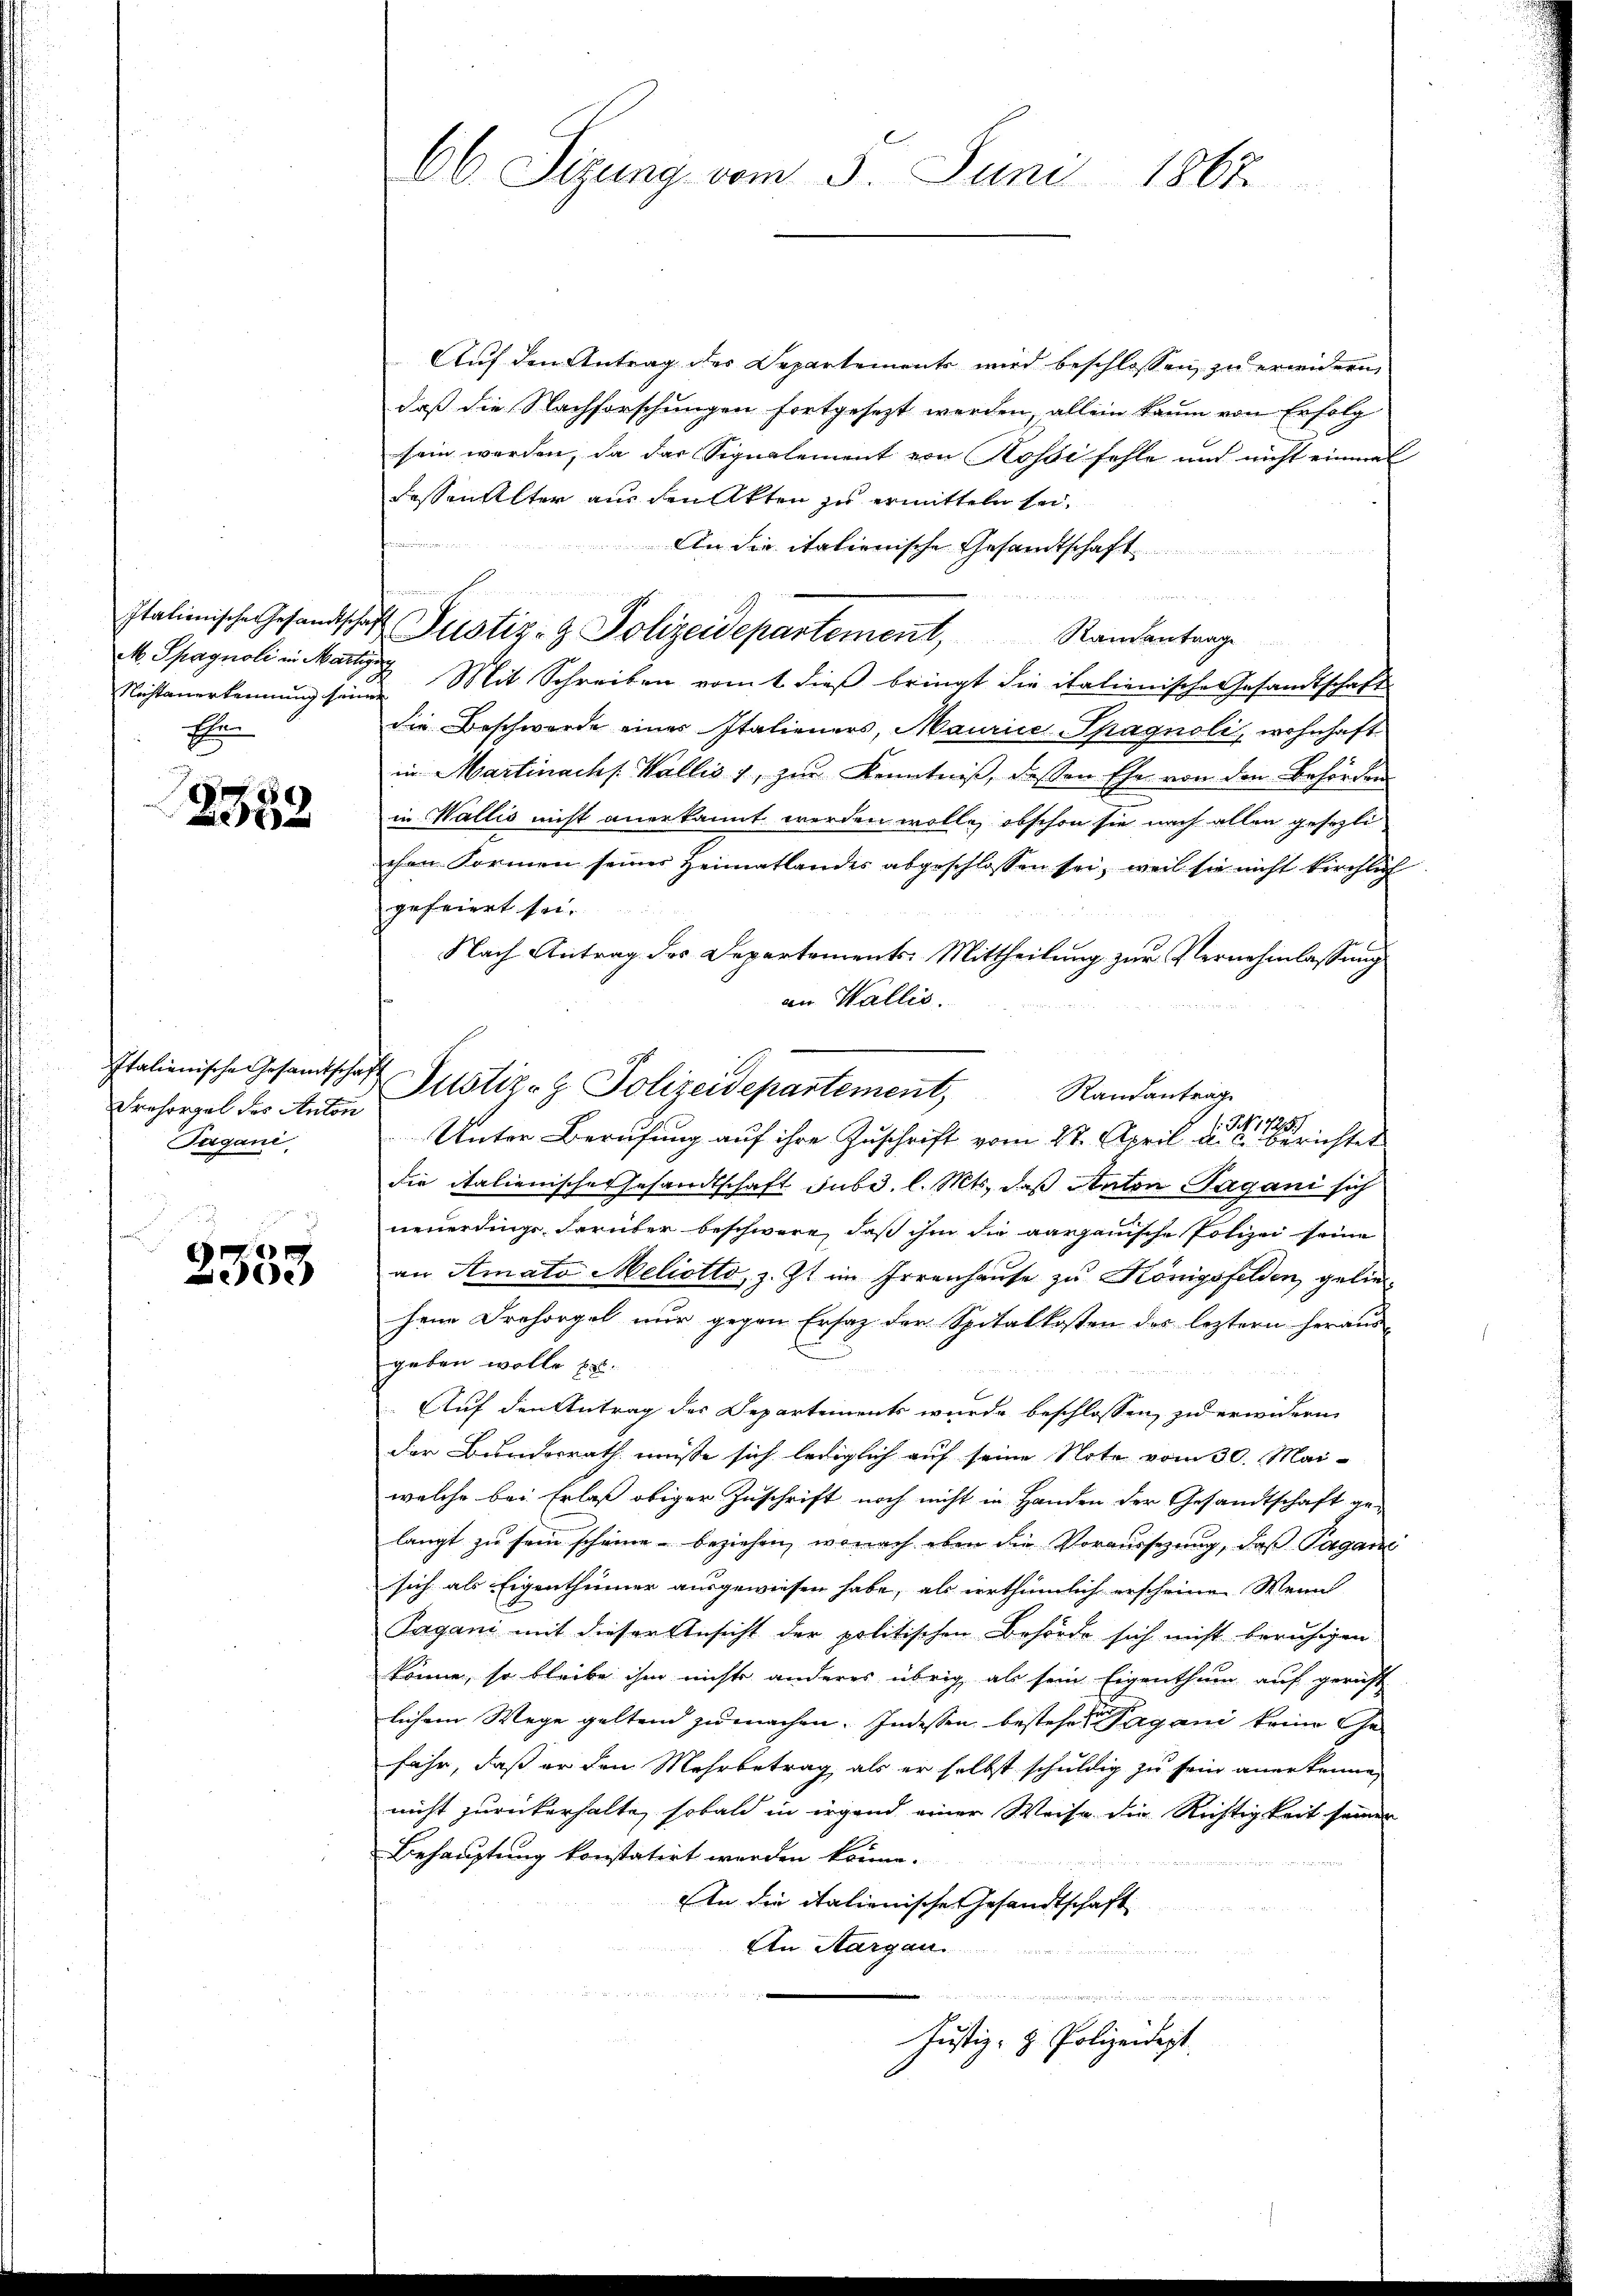
M. Spagnoli in Martiger
E

e
5

Italienische Gesamtscha
Frehorgel des Anton
Tagani

“
e
e

66 Sizung vom 5. Juni 1865.

Auf den Antrag des Departements wird beschlossen zu erwidern,
daß die Nachforschungen fortgesezt werden, allein kaum von Erfolg
sein werden, da das Signalement von Rosse fehle und nicht einmal
dessen Alter aus den Akten zu ermitteln sei.

An die italienische Gesandtschaft
e
Nichtanerkennung seine Mit Schreiben vom t dieß bringt die italienischer Gesandtschaft
die Beschwerde eines Italieners, Maurice-Spagnoli, wohnhaft
in Martinachs. Wallis 1, zur Kenntniß, dessen Ehe von den Behörden
in Wallis nicht anerkannt werden wolle, obschon sie nach allen gesezlichen Formen seiner Heimatlandes abgeschlossen sei, weil sie nicht kirchlich
gefeiert sei.
Nach Antrag des Departements-Mittheilung zur Vernehmlassung
an Wallis.
h
Justiz- & Polizeidepartement, Randantrage
Unter Berufung auf ihre Zuschrift vom 28. April a. c. berichtet
die italienische Gesandtschaft sub. l. Mts., daß Anton Tagani sich
neuerdings darüber beschwere, daß ihm die aargauische Polizei seine
an Amato Meliotto, z. Zt. im Irrenhause zu Königsfelden, geliehene Drehorgel nur gegen Ersatz der Spitalkosten des leztern heraus-
geben wolle Er
Auf den Antrag des Departements wurde beschlossen zu erwidern
der Bundesrath müsse sich lediglich auf seine Note vom 30. Mai-
welche bei Erlaß obiger Zuschrift noch nicht in Handen der Gesandtschaft gelangt zu sein scheine beziehen, wonach eben die Voraussezung, daß Pagani
sich als Eigenthümer ausgewiesen habe, als irrthümlich erscheinen Wenn
Pagani mit dieser Ansicht der politischen Behörde sich nicht beruhigen
könne, so bleibe ihm nichts anderes übrig als sein Eigenthum auf gericht
lichem Wege geltend zumachen. Indessen bestehene Pagani keine Gefahr, daß er den Mehrbetrag, als er selbst schuldig zu sein anerkenne
nicht zurükerhalte, sobald in irgend einer Weise die Richtigkeit seinen
Behauptung konstatirt werden könne.
An die italienische Gesandtschaft
An Aargau.
u
n

Justiz- & Polizeidigt.

Italienische Gesandtschaften Justiz- & Polizeidepartement, Randentrage

NN 1725,